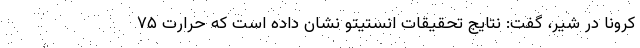
کرونا در شیر، گفت: نتایج تحقیقات انستیتو نشان داده است که حرارت ۷۵